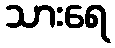
သားရေ